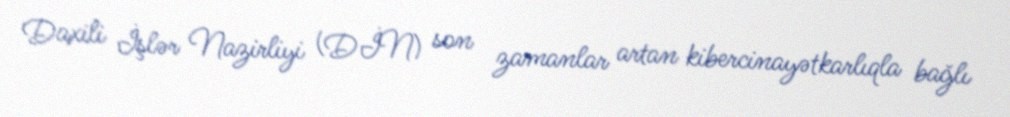
Daxili İşlər Nazirliyi (DİN) son zamanlar artan kibercinayətkarlıqla bağlı